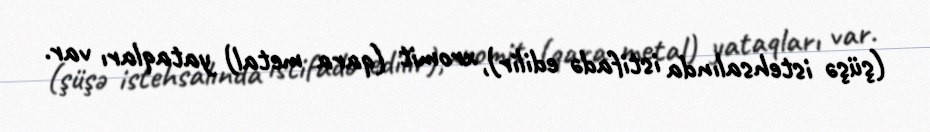
(şüşə istehsalında istifadə edilir), xromit (qara metal) yataqları var.